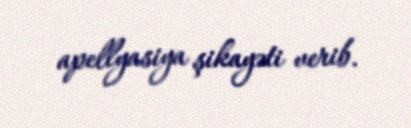
apellyasiya şikayəti verib.